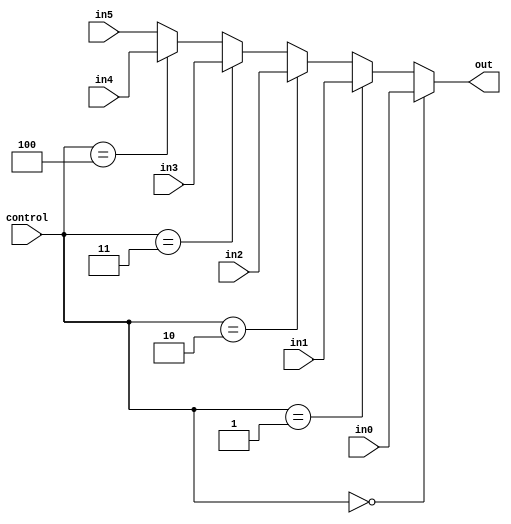
module Mux_SrcWrite(
    input wire [4:0] in0,
    input wire  [4:0] in1,
    input wire  [4:0] in2,
    input wire  [4:0] in3,
    input wire  [4:0] in4,
    input wire  [4:0] in5,
    input wire [2:0] control,
    output wire [4:0] out
    );

    assign out = (control == 3'b000) ? in0:
                 (control == 3'b001) ? in1:
                 (control == 3'b010) ? in2:
                 (control == 3'b011) ? in3:
                 (control == 3'b100) ? in4:
                 in5;
                 
endmodule